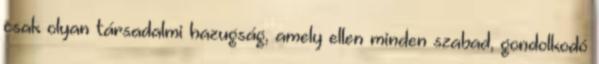
csak olyan társadalmi hazugság, amely ellen minden szabad, gondolkodó